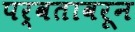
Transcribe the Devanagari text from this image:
पर्वतावरून